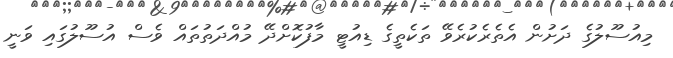
މިއުސޫލުގެ ދަށުން އެތެރެކުރެވޭ ތަކެތީގެ ޑިއުޓީ މާފުކޮށްދޭ މުއްދަތުތައް ވެސް އުސޫލުގައި ވަނީ